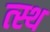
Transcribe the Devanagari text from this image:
त्स्थ